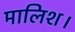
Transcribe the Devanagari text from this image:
मालिश।